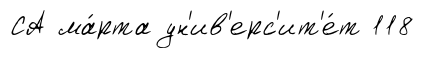
СА ма́рта ун'ив'ерс'ит'е́т 118